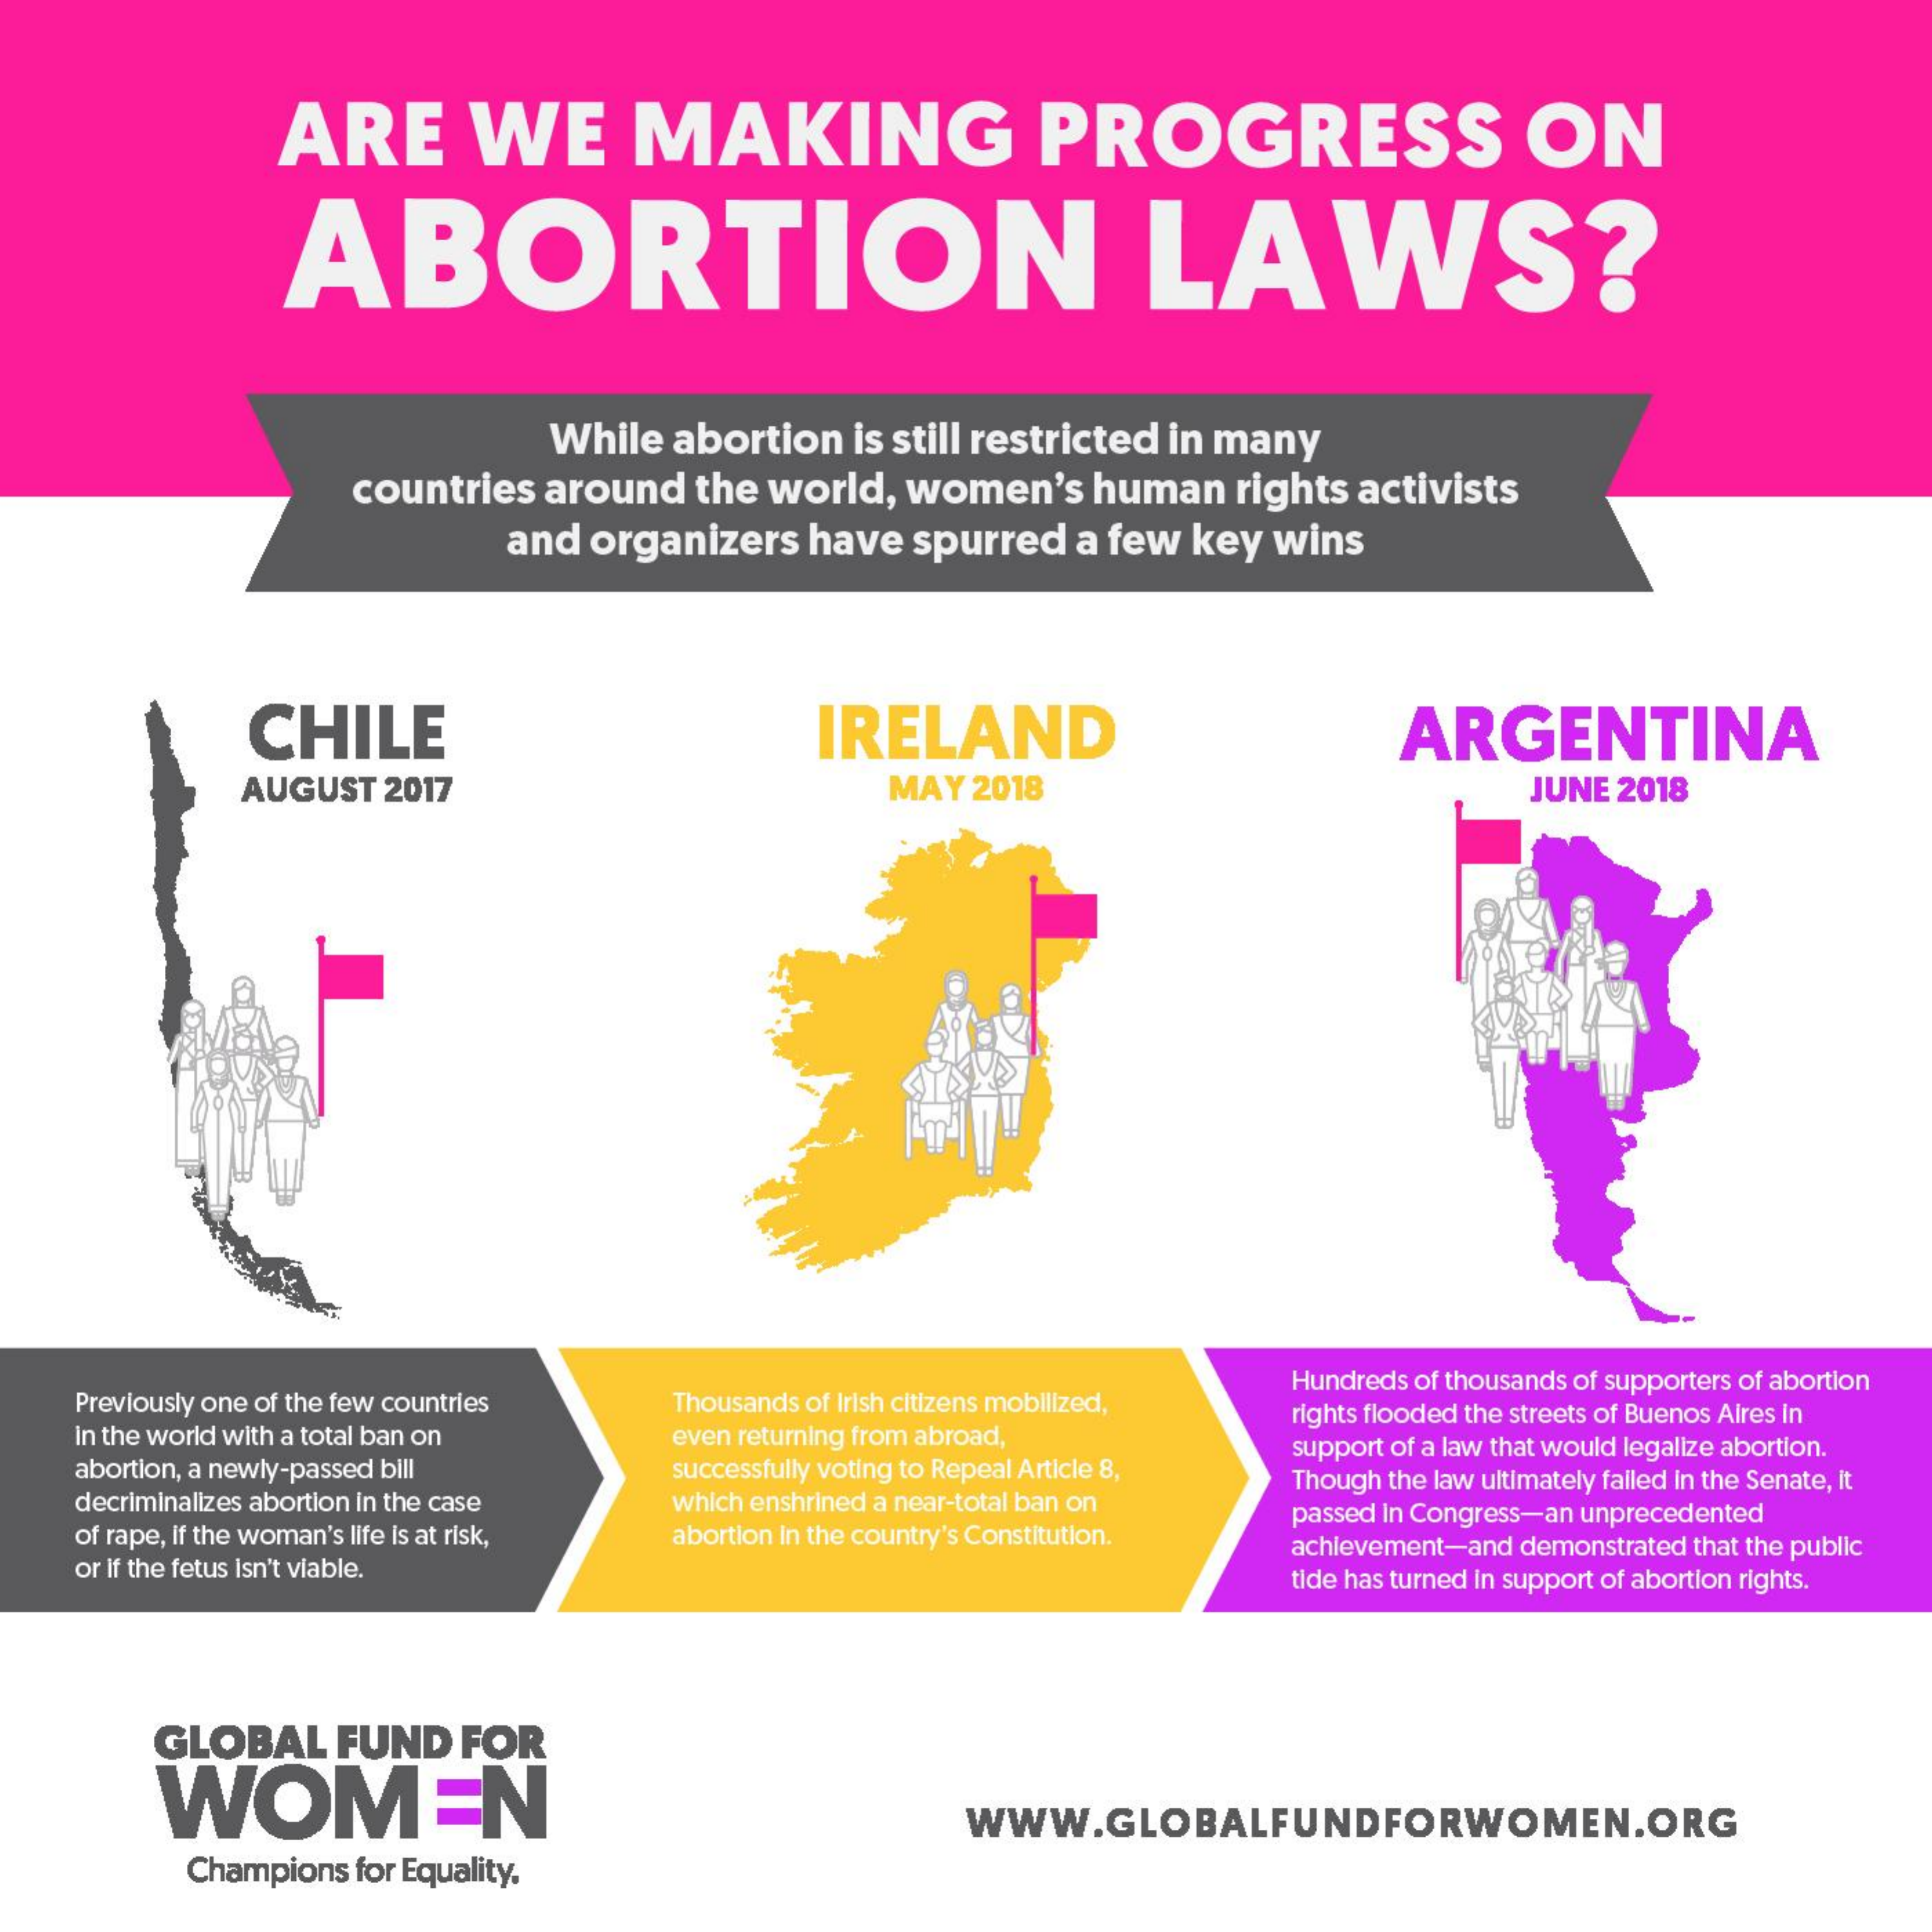
ARE    WE    MAKING    PROGRESS    ON
     ABORTION    LAWS?
     While   abortion    is still restricted in many
     countries   around    the  world,  women's    human    rights   activists
     and  organizers    have   spurred   a few   key  wins
     CHILE    IRELAND    ARGENTINA
     AUGUST   2017    MAY   2018    JUNE 2018
     Previously one of the few countries    Thousands of Irish citizens mobilized,
     Hundreds of thousands of supporters of abortion
     In the world with a total ban on    even returning from abroad,
     rights flooded the streets of Buenos Aires in
     abortion, a newly-passed bill    successfully voting to Repeal Article 8,
     support of a law that would legalize abortion.
     decriminalizes abortion in the case    which enshrined a near-total ban on
     Though the law ultimately falled In the Senate, It
     of rape, if the woman's life is at risk, abortion In the country's Constitution.
     passed In Congress-an unprecedented
     or If the fetus Isn't viable.
     achievement-and demonstrated that the public
     tide has turned In support of abortion rights.
     GLOBAL    FUND    FOR
     WOMEN    WWW.GLOBALFUNDFORWOMEN.ORG
     Champions  for Equality,